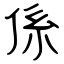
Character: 係